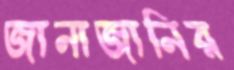
জানাজানির